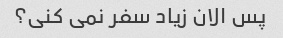
پس الان زیاد سفر نمی کنی؟